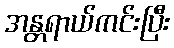
အန္တရာယ်ကင်းပြီး